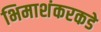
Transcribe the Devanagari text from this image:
भिमाशंकरकडे